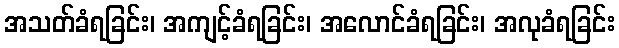
အသတ်ခံရခြင်း၊ အကျင့်ခံရခြင်း၊ အလောင်ခံရခြင်း၊ အလုခံရခြင်း